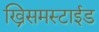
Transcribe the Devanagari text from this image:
ख्रिसमस्टाईड